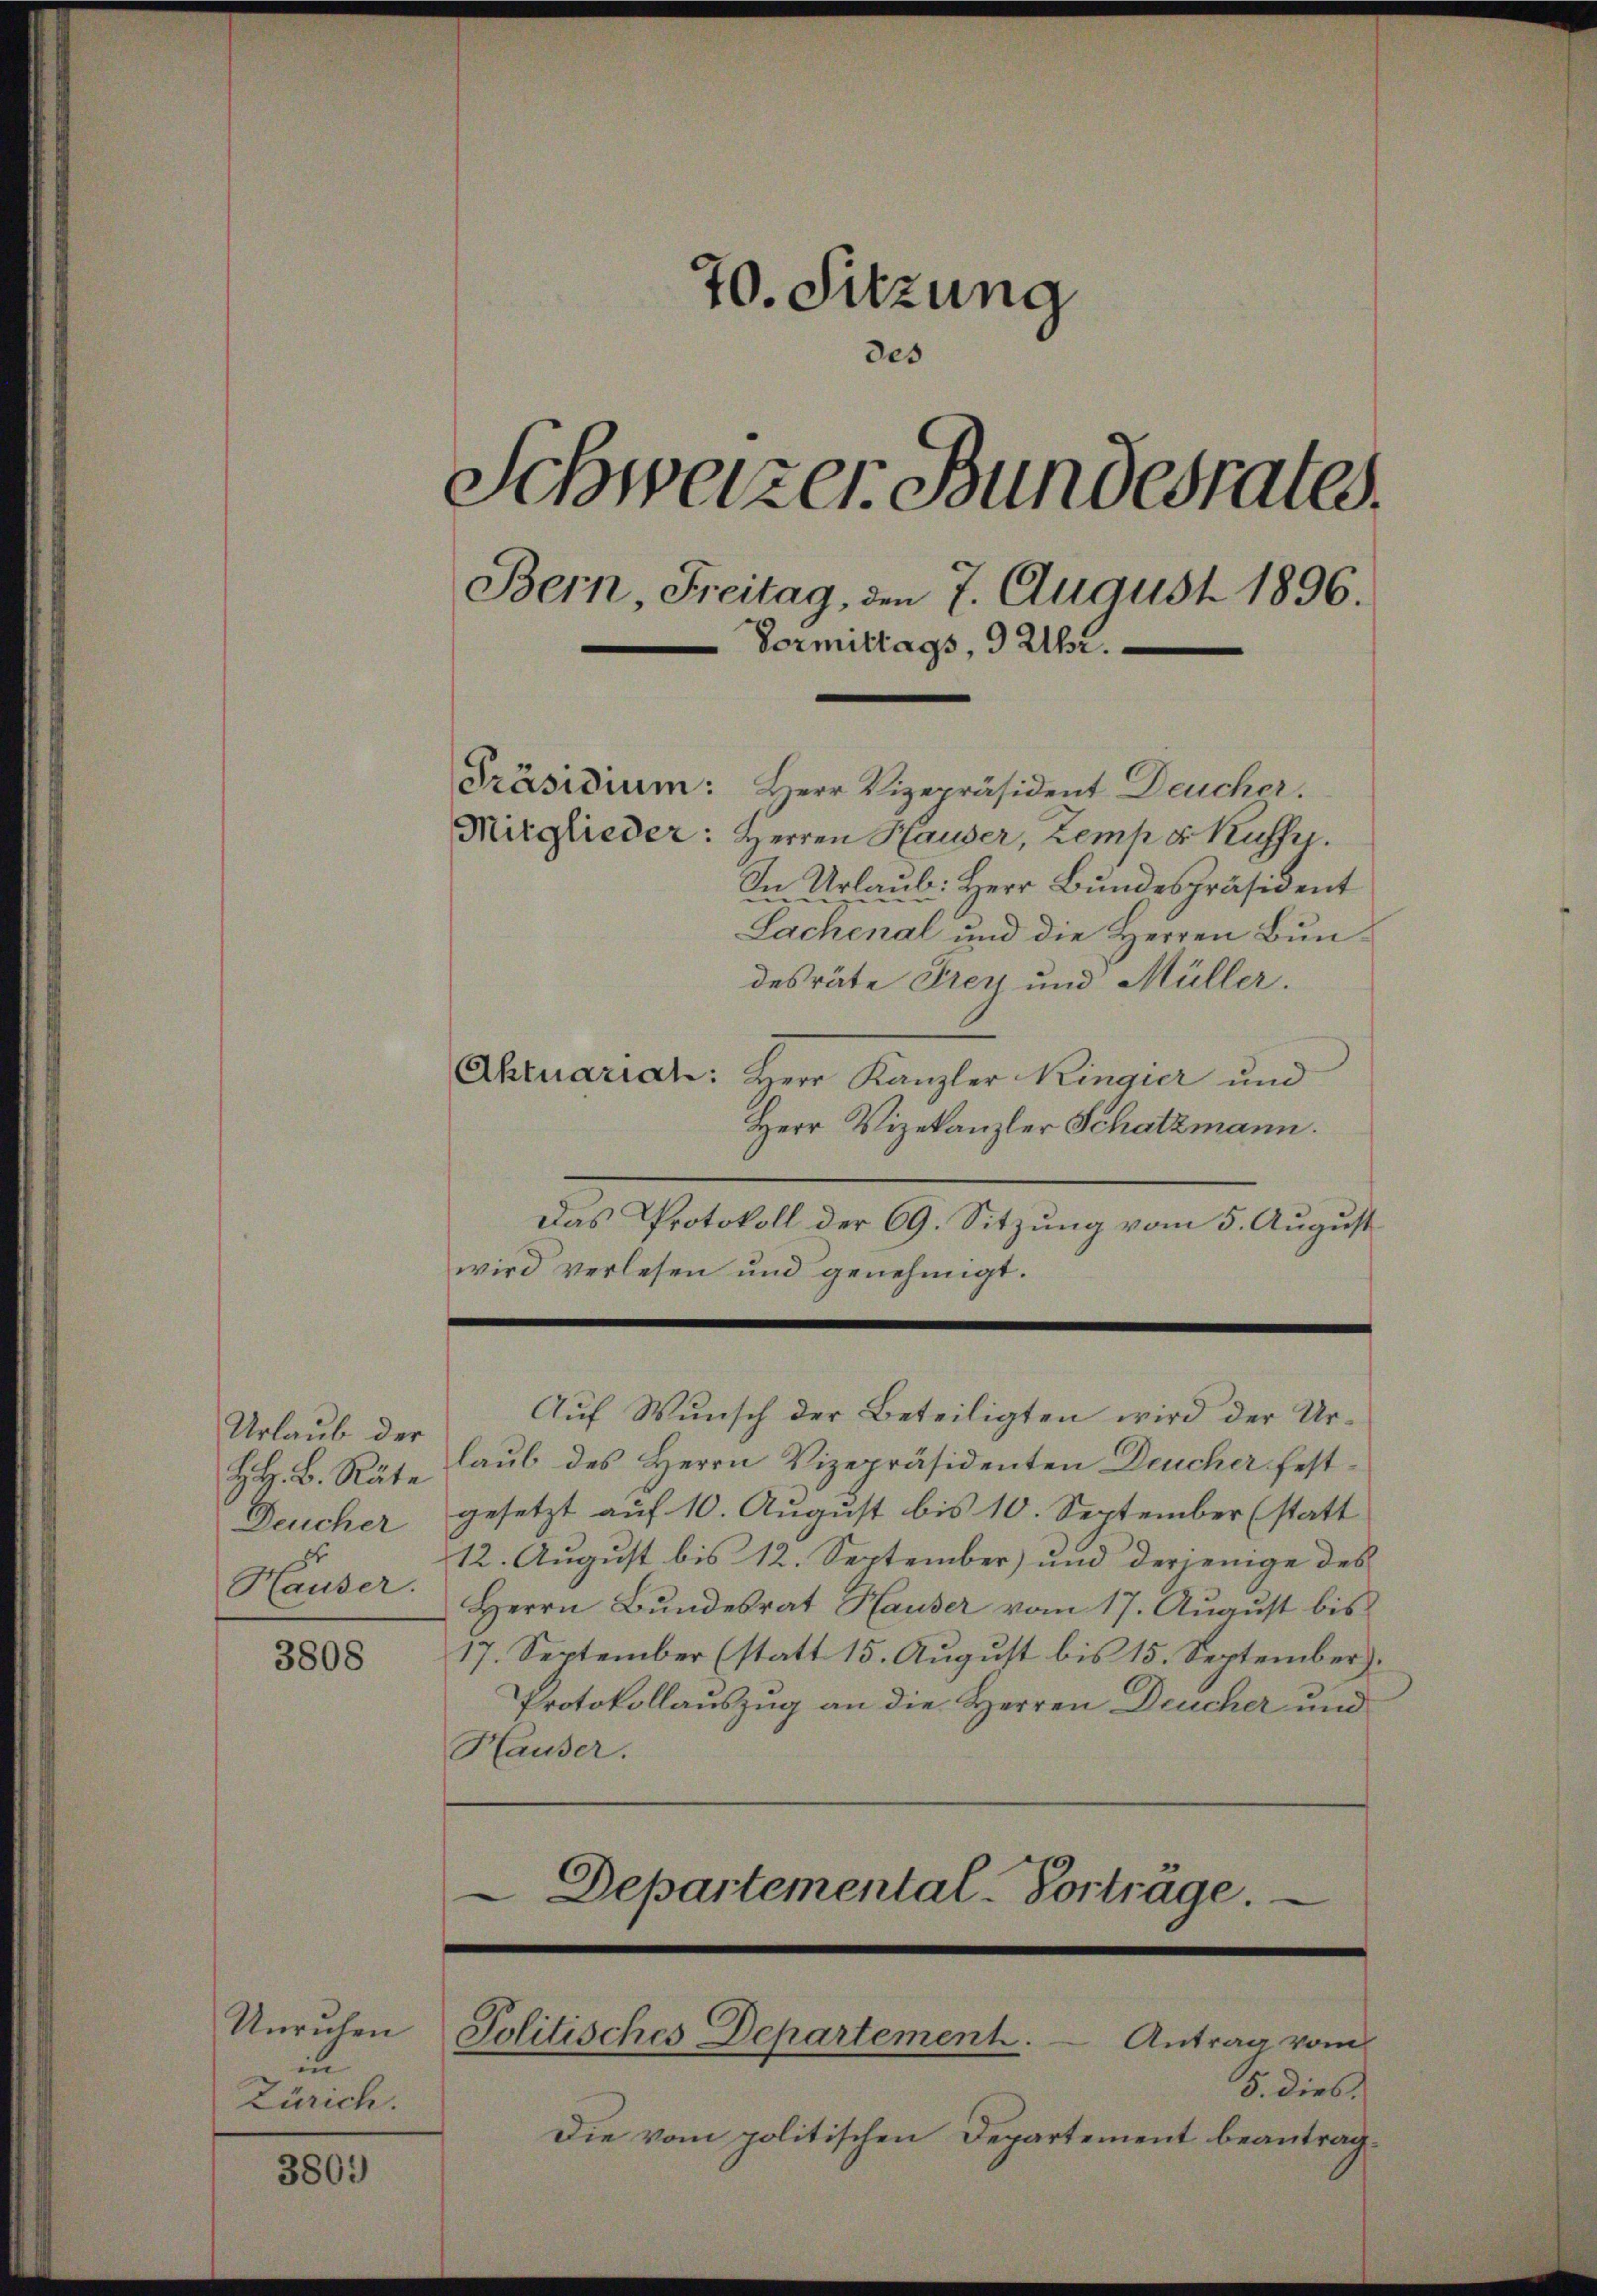
Urlaub der
Deucher

3808

in
Zürich.

3801)

70. Sitzung
des
Schweizer Bundesrates.
Bern, Freitag, den 7. August 1896.
e
Vormittags, 9 Uhr.
[Präsidium:
Herr Vizepräsident Deucher.
Mitglieder: Herren Hauser, Zemper Kuffy.
In Urlaŭb: Herr Bundespräsident
Sachenal und die Herren Bun¬

desräte Frey und Müller.
Aktuariat: Herr Kanzler Kingier und
Herr Vizekanzler Schatzmann.
Das Protokoll der 69. Sitzung vom 5. August
wird verlesen und genehmigt.

HH. B. Rat. Laŭb des Herrn Vizepräsidenten Deucher festgesetzt auf 10. August bis 10. September (statt
12. August bis 12. September) und derjenige des
Hauser. Herrn Bŭndesrat Hauser vom 17. August bis
17. September (statt 15. August bis 15. September).
Protokollauszug an die Herren Deucher und
Hauser.
Departemental-Vorträge.

Auf Wunsch der Beteiligten wird der Ur¬

Unruhen Politisches Departement. - Antrag vom

5. dies
Die vom politischen Departement beantrag¬